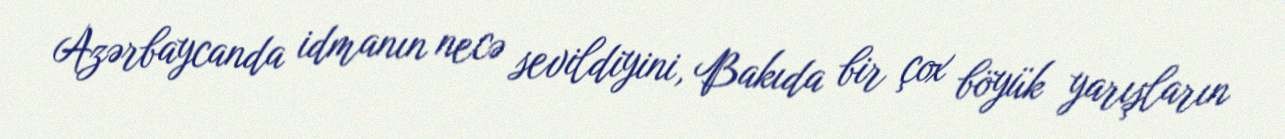
Azərbaycanda idmanın necə sevildiyini, Bakıda bir çox böyük yarışların